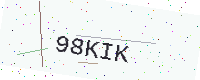
Text: 98KIK